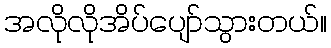
အလိုလိုအိပ်ပျော်သွားတယ်။